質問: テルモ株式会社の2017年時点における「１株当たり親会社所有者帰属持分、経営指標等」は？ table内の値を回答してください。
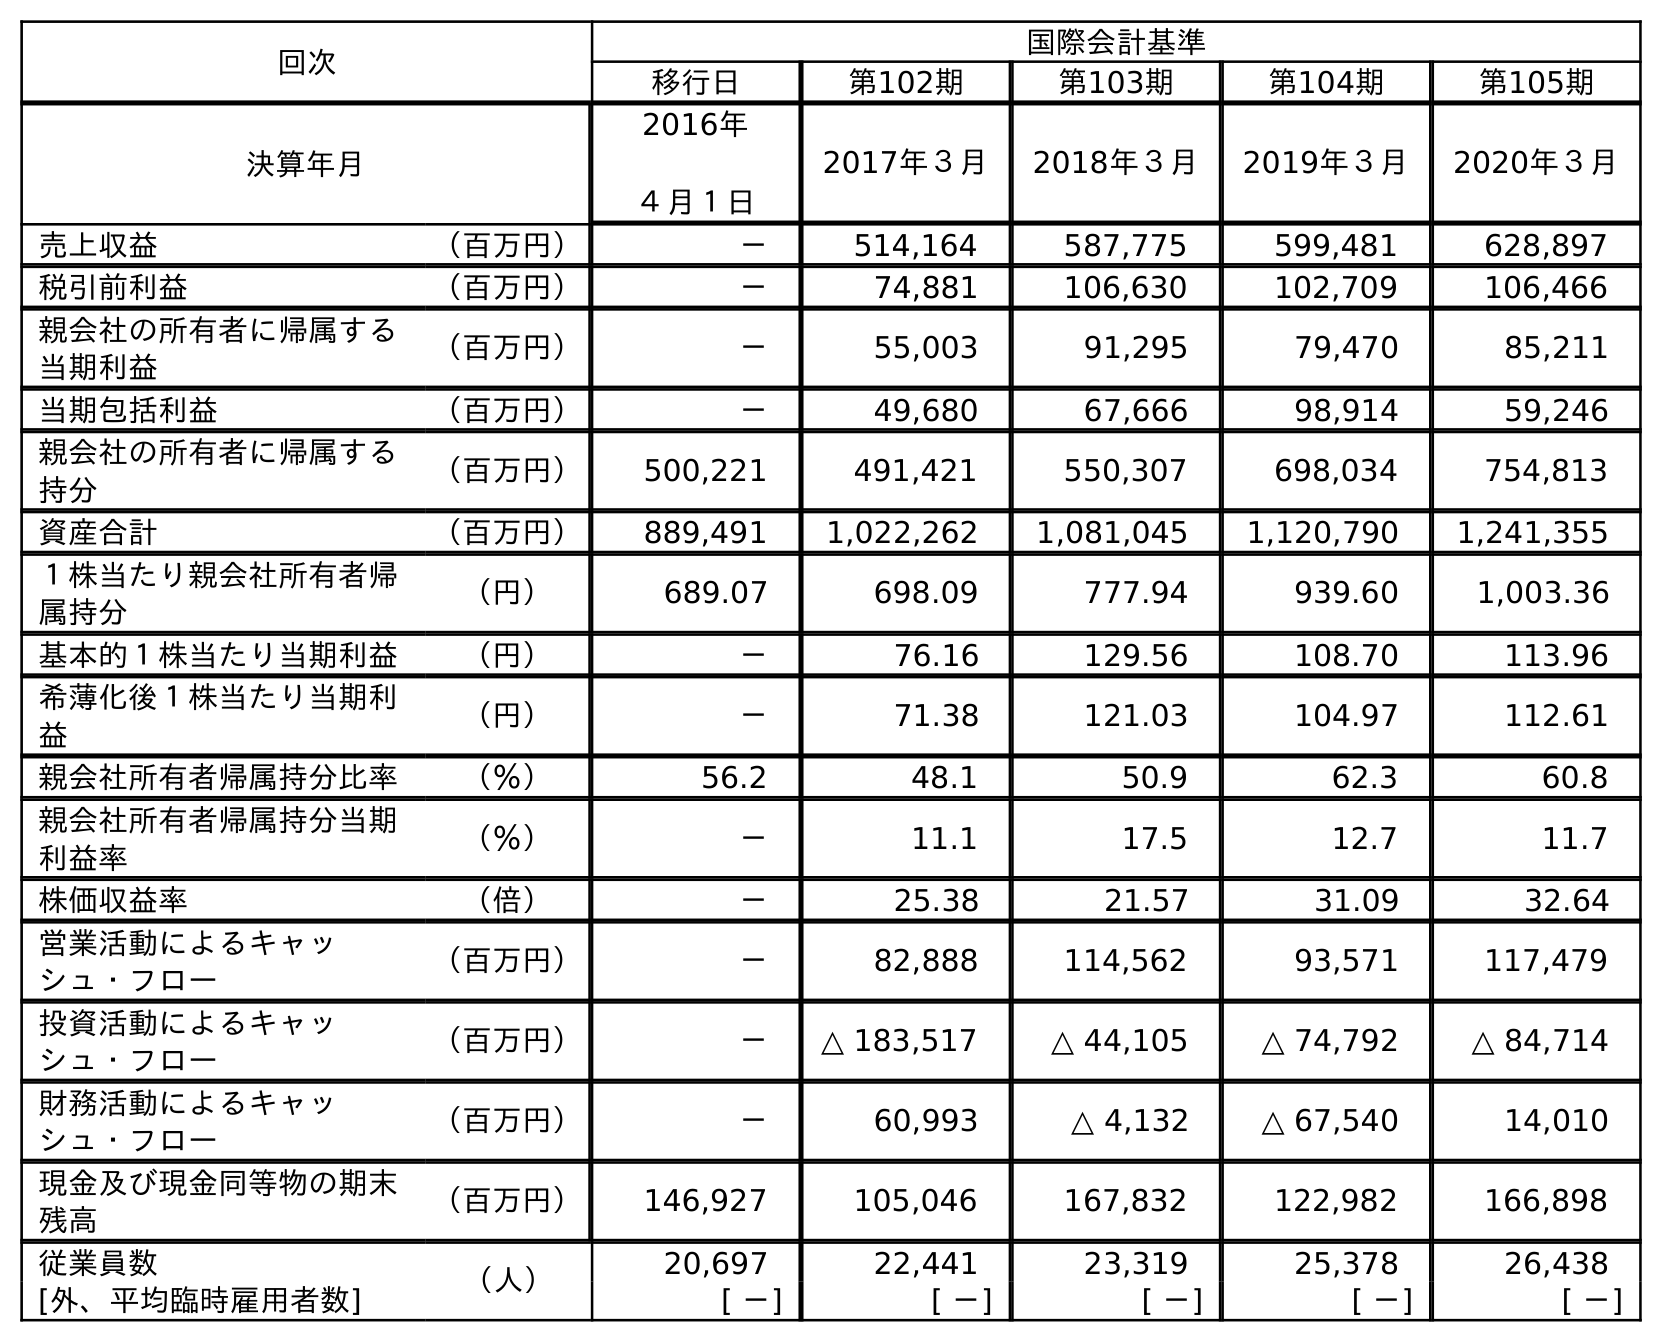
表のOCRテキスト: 回次 国際会計基準 移行日 第102期 第103期 第104期 第105期 決算年月 2016年 ４月１日 2017年３月 2018年３月 2019年３月 2020年３月 売上収益 （百万円） － 514,164 587,775 599,481 628,897 税引前利益 （百万円） － 74,881 106,630 102,709 106,466 親会社の所有者に帰属する 当期利益 （百万円） － 55,003 91,295 79,470 85,211 当期包括利益 （百万円） － 49,680 67,666 98,914 59,246 親会社の所有者に帰属する 持分 （百万円） 500,221 491,421 550,307 698,034 754,813 資産合計 （百万円） 889,491 1,022,262 1,081,045 1,120,790 1,241,355 １株当たり親会社所有者帰 属持分 （円） 689.07 698.09 777.94 939.60 1,003.36 基本的１株当たり当期利益 （円） － 76.16 129.56 108.70 113.96 希薄化後１株当たり当期利 益 （円） － 71.38 121.03 104.97 112.61 親会社所有者帰属持分比率 （％） 56.2 48.1 50.9 62.3 60.8 親会社所有者帰属持分当期 利益率 （％） － 11.1 17.5 12.7 11.7 株価収益率 （倍） － 25.38 21.57 31.09 32.64 営業活動によるキャッ シュ・フロー （百万円） － 82,888 114,562 93,571 117,479 投資活動によるキャッ シュ・フロー （百万円） － △ 183,517 △ 44,105 △ 74,792 △ 84,714 財務活動によるキャッ シュ・フロー （百万円） － 60,993 △ 4,132 △ 67,540 14,010 現金及び現金同等物の期末 残高 （百万円） 146,927 105,046 167,832 122,982 166,898 従業員数 （人） 20,697 22,441 23,319 25,378 26,438 [外、平均臨時雇用者数] [ －] [ －] [ －] [ －] [ －]
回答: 698.09